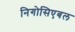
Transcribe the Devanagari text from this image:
निगोसिएबल